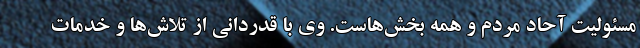
مسئولیت آحاد مردم و همه بخش‌هاست. وی با قدردانی از تلاش‌ها و خدمات